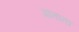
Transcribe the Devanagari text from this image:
प्रांताता